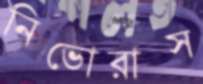
নিভোরাস